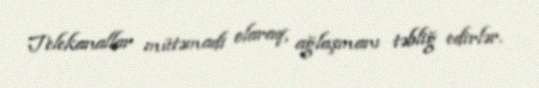
Telekanallar mütəmadi olaraq, ağlaşmanı təbliğ edirlər.